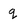
Character: q